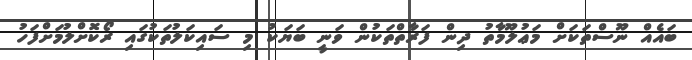
ބައެއް ނޫސްތަކަށް މަޢުލޫމާތު ދިން ފަރާތްތަކުން ވަނީ ބަޔަކު މި ސައިކަލުތަކުގައި ރޯކޮށްލުމަށްފަހު